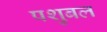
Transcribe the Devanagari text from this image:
पशुबल